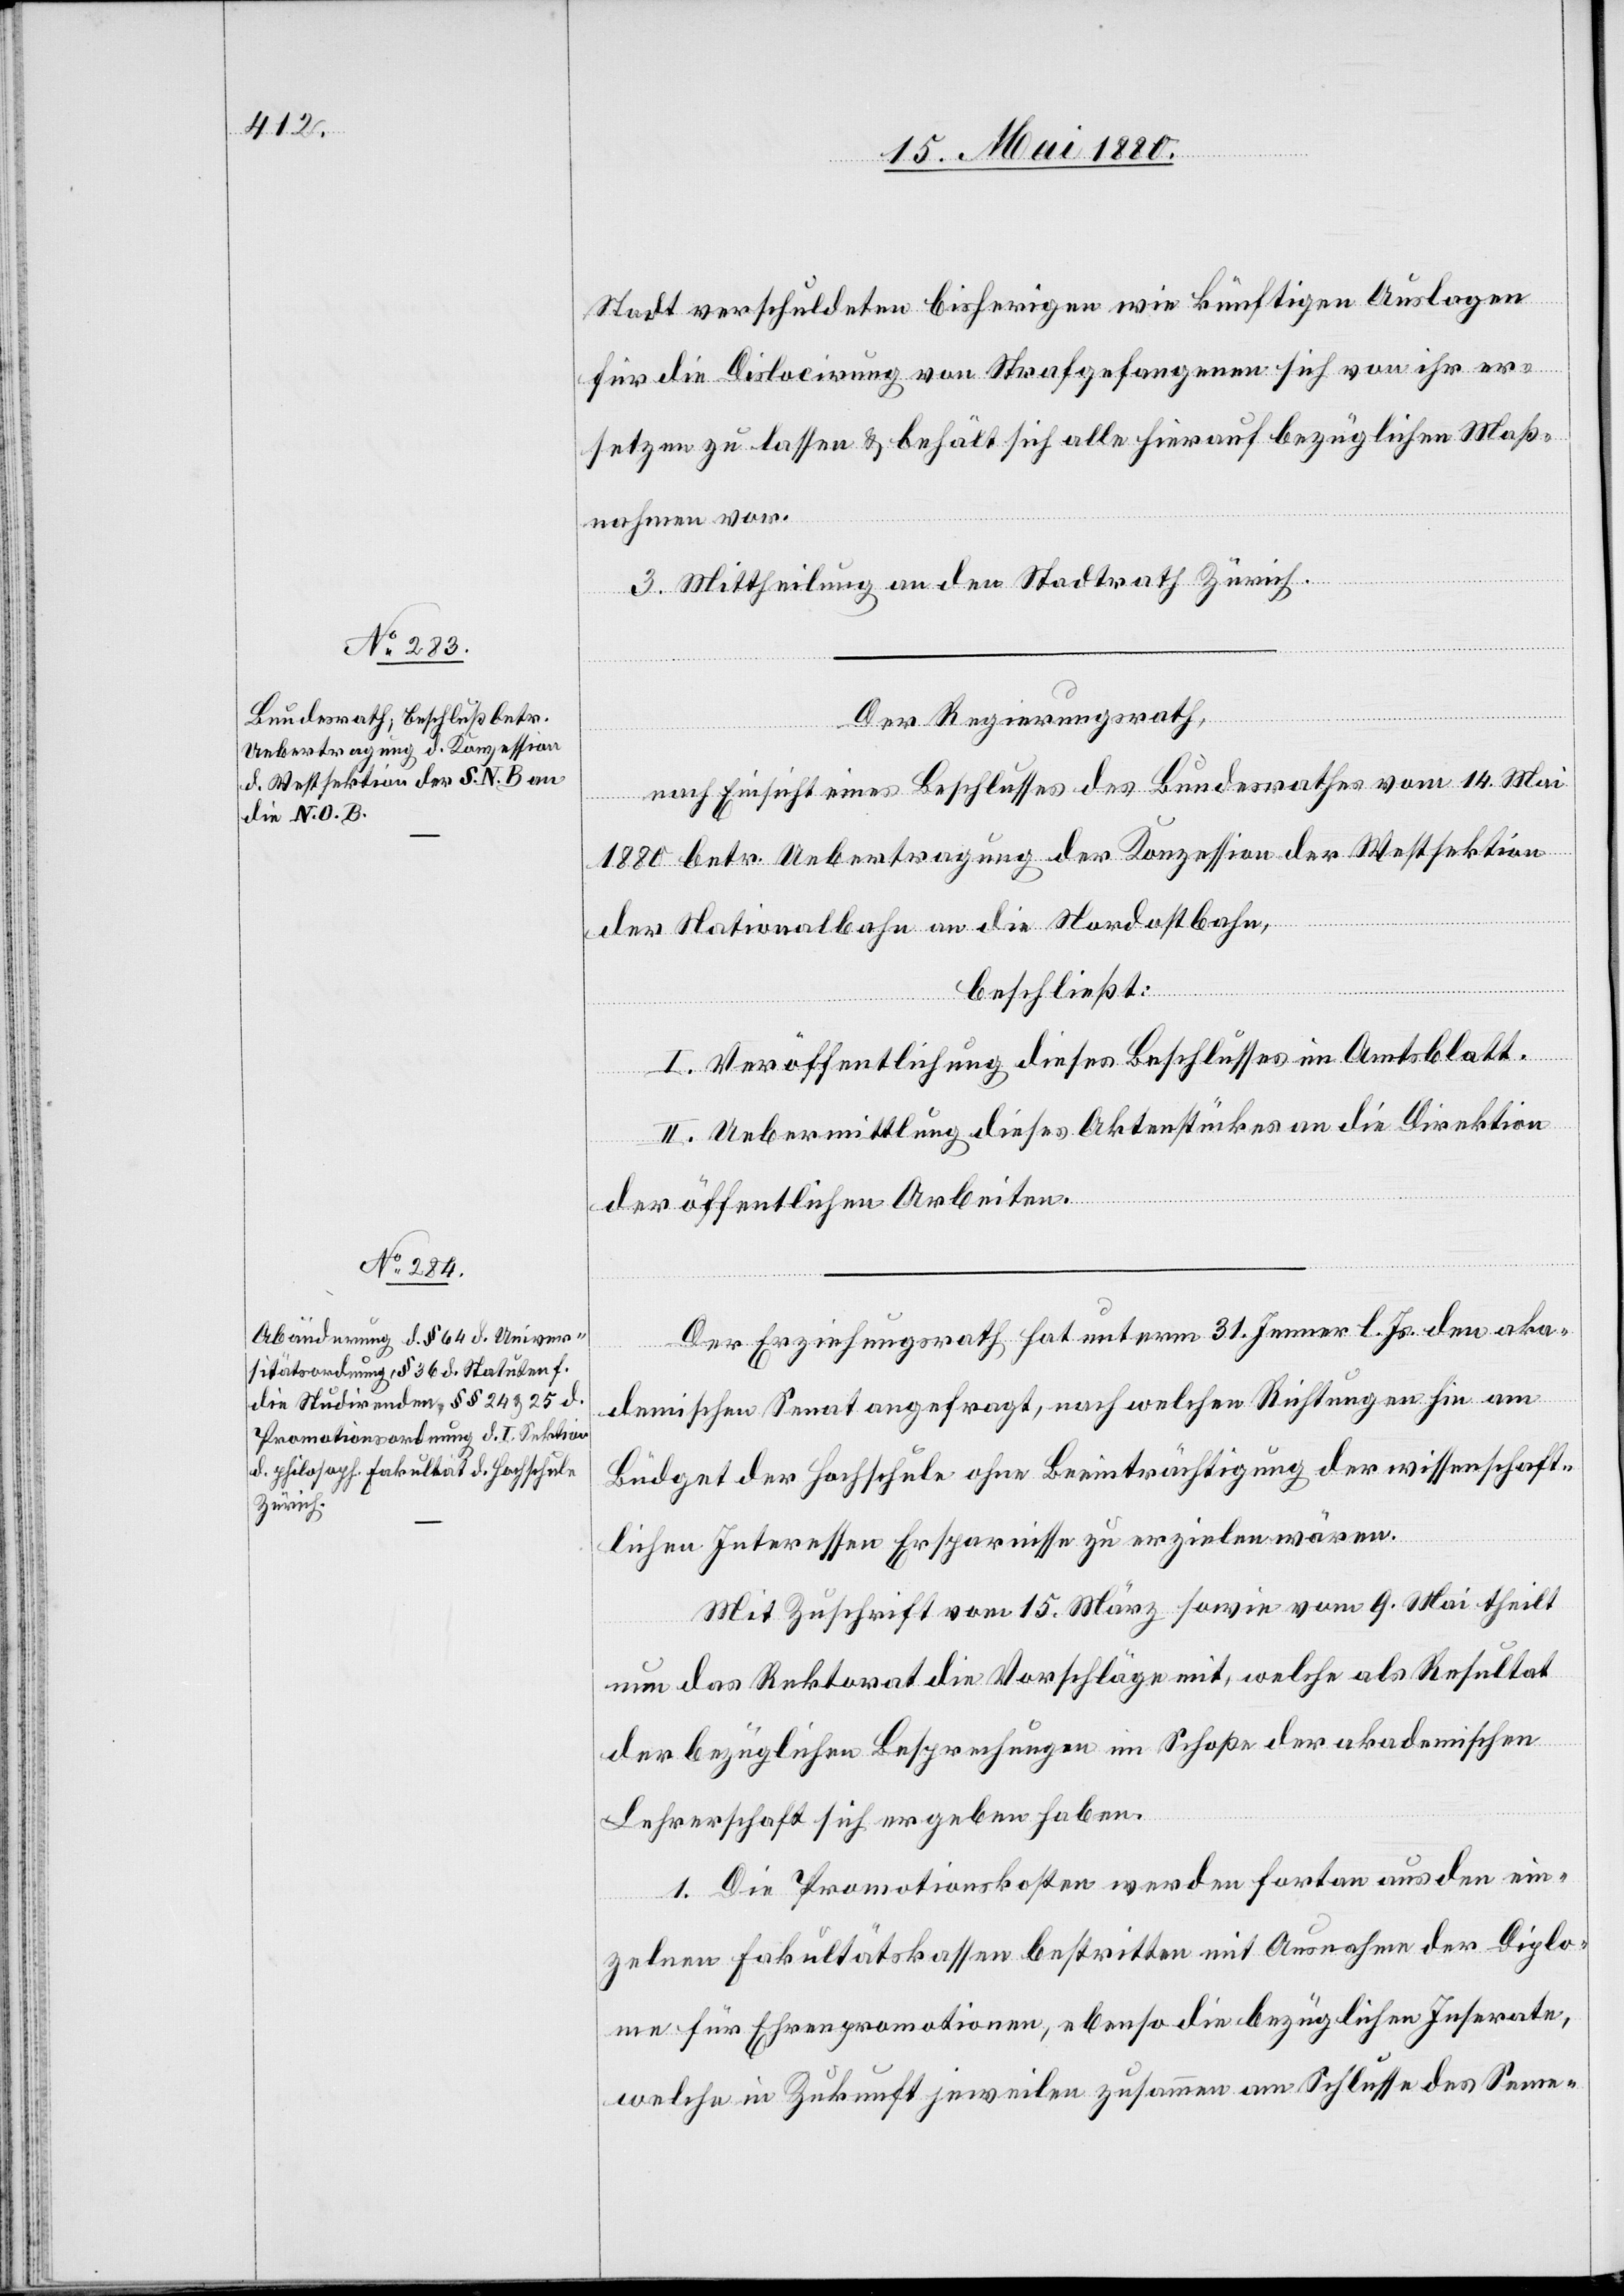
Stadt verschuldeten bisherigen wir künftigen Auslagen
für die Dislocirung von Strafgefangenen sich von ihr er¬
setzen zu lassen & behält sich aller hierauf bezüglichen Maß¬
nahmen vor.
3. Mittheilung an den Stadtrath Zürich.
Der Regierungsrath,
nach Einsicht eines Beschlusses des Bundesrathes vom 14. Mai
1880 betr. Uebertragung der Konzession der Westsektion
der Nationalbahn an die Nordostbahn,
beschließt:
I. Veröffentlichung dieses Beschlusses im Amtsblatt.
II. Uebermittlung dieses Aktenstückes an die Direktion
der öffentlichen Arbeiten.
Der Erziehungsrath hat unterm 31. Jenner l. Js. den aka¬
demischen Senat angefragt, nach welchen Richtungen hin am
Büdget der Hochschule ohne Beeinträchtigung der wissenschaft¬
lichen Interessen Ersparnisse zu erzielen wären.
Mit Zuschrift vom 15. März sowie vom 9. Mai theilt
nun das Rektorat die Vorschläge mit, welche als Resultat
der bezüglichen Besprechungen im Schoße der akademischen
Lehrerschaft sich ergeben haben.
1. Die Promotionskosten werden fortan aus den ein¬
zelnen Fakultätskassen bestritten mit Ausnahme der Diplo¬
me für Ehrenpromotionen, ebenso die bezüglichen Inserate,
welche in Zukunft jeweilen zusammen am Schlusse des Seme-